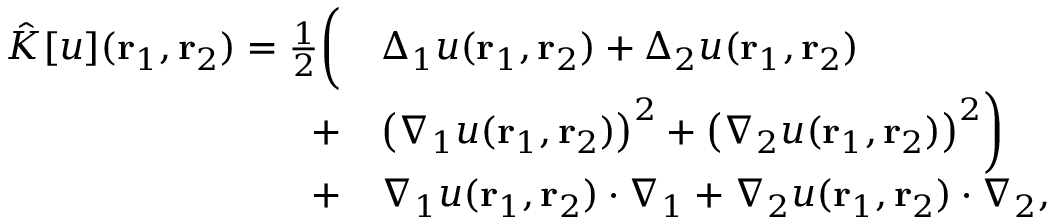
\begin{array} { r l } { \hat { K } [ u ] ( { \mathbf { r } _ { 1 } } , { \mathbf { r } _ { 2 } } ) = \frac { 1 } { 2 } \bigg ( } & { \Delta _ { 1 } u ( { \mathbf { r } _ { 1 } } , { \mathbf { r } _ { 2 } } ) + \Delta _ { 2 } u ( { \mathbf { r } _ { 1 } } , { \mathbf { r } _ { 2 } } ) } \\ { + } & { \big ( \nabla _ { 1 } u ( { \mathbf { r } _ { 1 } } , { \mathbf { r } _ { 2 } } ) \big ) ^ { 2 } + \big ( \nabla _ { 2 } u ( { \mathbf { r } _ { 1 } } , { \mathbf { r } _ { 2 } } ) \big ) ^ { 2 } \bigg ) } \\ { + } & { \nabla _ { 1 } u ( { \mathbf { r } _ { 1 } } , { \mathbf { r } _ { 2 } } ) \cdot \nabla _ { 1 } + \nabla _ { 2 } u ( { \mathbf { r } _ { 1 } } , { \mathbf { r } _ { 2 } } ) \cdot \nabla _ { 2 } , } \end{array}